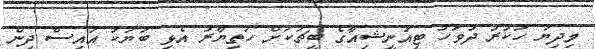
މިދިޔަ ހުކުރު ދުވަހު ޓިއުނީޝިއާގެ ބީޗަކަށް ހަތިޔާރު އެޅި ބަޔަކު އައިސް ދިން